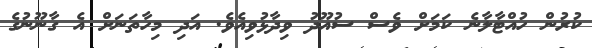
ކުރުން ހުއްޓާލާނެ ކަމަށް ވެސް ސުއޫދު ވިދާޅުވިއެވެ. އަދި މިހާތަނަށް އެ ގާނޫނުގެ